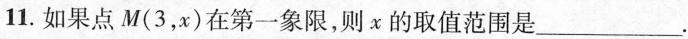
11.如果点M(3，x)在第一象限，则x的取值范围是___.